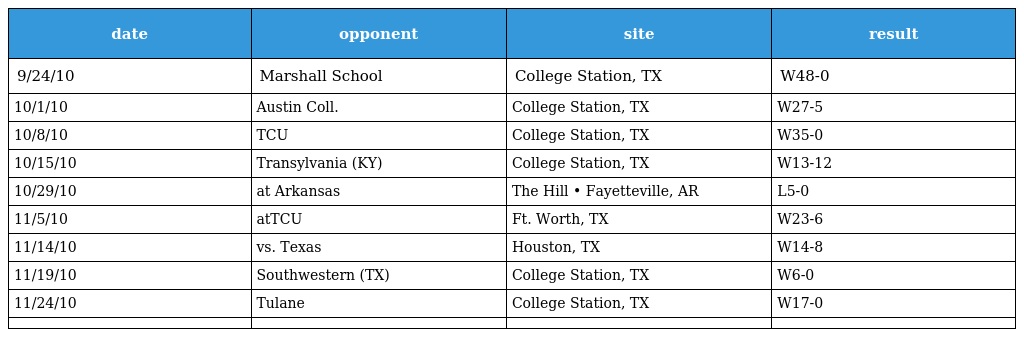
| date | opponent | site | result |
 | --- | --- | --- | --- |
 | 9/24/10 | Marshall School | College Station, TX | W48-0 |
 | 10/1/10 | Austin Coll. | College Station, TX | W27-5 |
 | 10/8/10 | TCU | College Station, TX | W35-0 |
 | 10/15/10 | Transylvania (KY) | College Station, TX | W13-12 |
 | 10/29/10 | at Arkansas | The Hill • Fayetteville, AR | L5-0 |
 | 11/5/10 | atTCU | Ft. Worth, TX | W23-6 |
 | 11/14/10 | vs. Texas | Houston, TX | W14-8 |
 | 11/19/10 | Southwestern (TX) | College Station, TX | W6-0 |
 | 11/24/10 | Tulane | College Station, TX | W17-0 |
 |  |  |  |  |